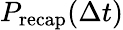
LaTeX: P_{\mathrm{recap}}(\Delta t)